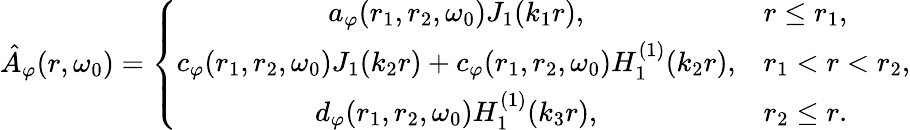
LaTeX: \hat{A}_{\varphi}(r,\omega_{0})=\left\{ \begin{array}{cl}{a_{\varphi}(r_{1},r_{2},\omega_{0})J_{1}(k_{1}r),}&{r\leq r_{1},}\\ {c_{\varphi}(r_{1},r_{2},\omega_{0})J_{1}(k_{2}r)+c_{\varphi}(r_{1},r_{2},\omega_{0})H_{1}^{(1)}(k_{2}r),}&{r_{1}<r<r_{2},}\\ {d_{\varphi}(r_{1},r_{2},\omega_{0})H_{1}^{(1)}(k_{3}r),}&{r_{2}\le r.}\end{array}\right.